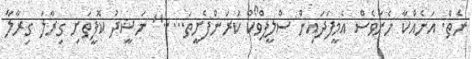
ނެތް. އަނެއްކާ ހެނާވެސް އެމީފަދައިން ސްލީޕްވޯކް ކުރަންފެށީތަ....." ނަޝީދު ކޮފީތަށި ގިރާލަ ގިރާލާ